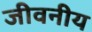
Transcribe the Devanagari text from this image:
जीवनीय